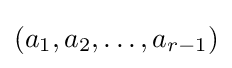
(a_{1},a_{2},\ldots ,a_{r-1})